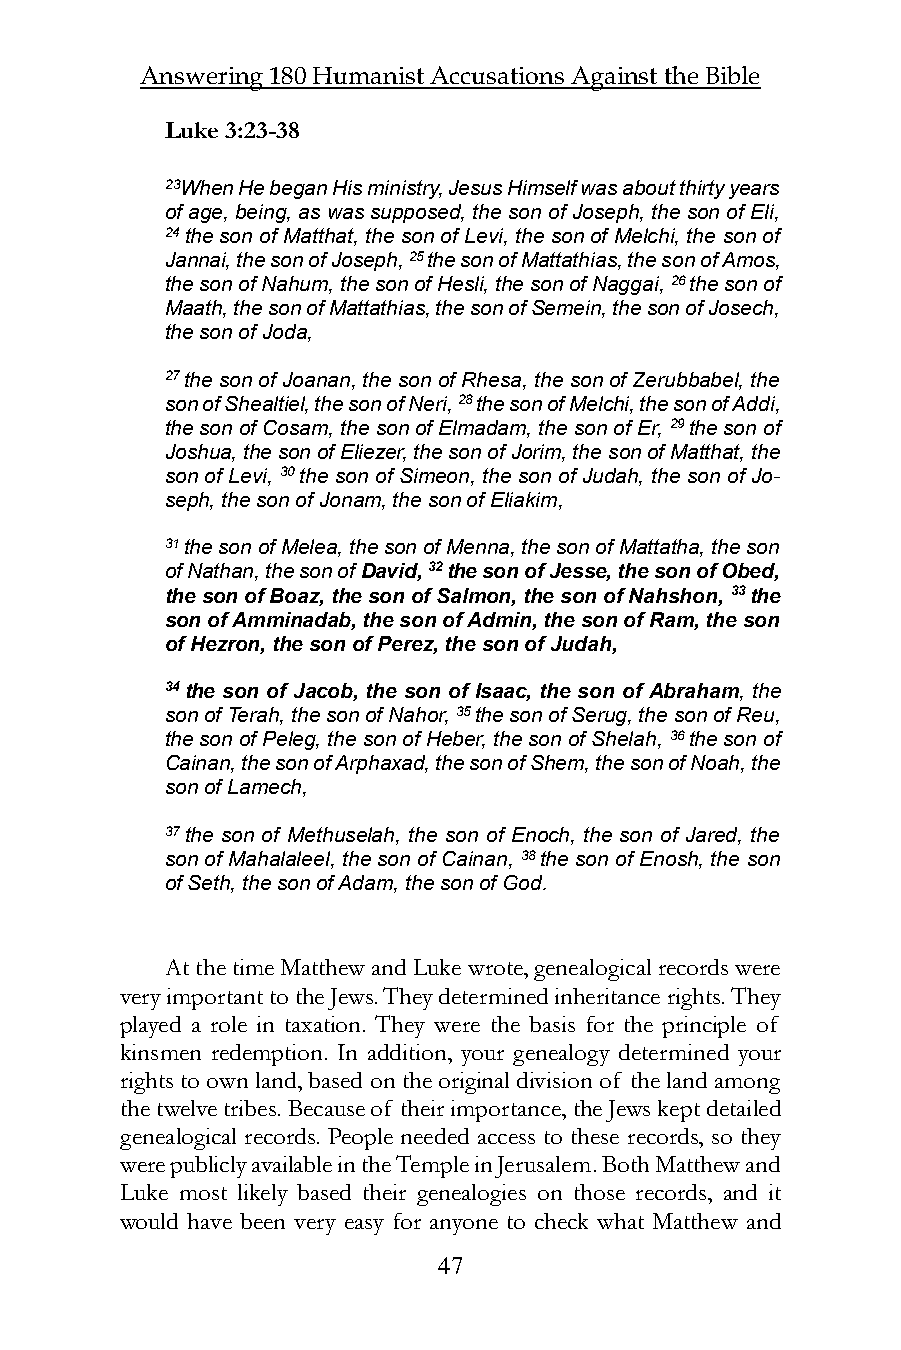
Answering 180 Humanist Accusations Against the Bible
 Luke 3:23-38
 23When He began His ministry, Jesus Himself was about thirty years
 of age, being, as was supposed, the son of Joseph, the son of Eli,
 24 the son of Matthat, the son of Levi, the son of Melchi, the son of
 Jannai, the son of Joseph, 25 the son of Mattathias, the son of Amos,
 the son of Nahum, the son of Hesli, the son of Naggai, 26 the son of
 Maath, the son of Mattathias, the son of Semein, the son of Josech,
 the son of Joda,
 27 the son of Joanan, the son of Rhesa, the son of Zerubbabel, the
 son of Shealtiel, the son of Neri, 28 the son of Melchi, the son of Addi,
 the son of Cosam, the son of Elmadam, the son of Er, 29 the son of
 Joshua, the son of Eliezer, the son of Jorim, the son of Matthat, the
 son of Levi, 30 the son of Simeon, the son of Judah, the son of Jo-
 seph, the son of Jonam, the son of Eliakim,
 31 the son of Melea, the son of Menna, the son of Mattatha, the son
 of Nathan, the son of David, 32 the son of Jesse, the son of Obed,
 the son of Boaz, the son of Salmon, the son of Nahshon, 33 the
 son of Amminadab, the son of Admin, the son of Ram, the son
 of Hezron, the son of Perez, the son of Judah,
 34 the son of Jacob, the son of Isaac, the son of Abraham, the
 son of Terah, the son of Nahor, 35 the son of Serug, the son of Reu,
 the son of Peleg, the son of Heber, the son of Shelah, 36 the son of
 Cainan, the son of Arphaxad, the son of Shem, the son of Noah, the
 son of Lamech,
 37 the son of Methuselah, the son of Enoch, the son of Jared, the
 son of Mahalaleel, the son of Cainan, 38 the son of Enosh, the son
 of Seth, the son of Adam, the son of God.
 At the time Matthew and Luke wrote, genealogical records were
 very important to the Jews. They determined inheritance rights. They
 played a role in taxation. They were the basis for the principle of
 kinsmen redemption. In addition, your genealogy determined your
 rights to own land, based on the original division of the land among
 the twelve tribes. Because of their importance, the Jews kept detailed
 genealogical records. People needed access to these records, so they
 were publicly available in the Temple in Jerusalem. Both Matthew and
 Luke most likely based their genealogies on those records, and it
 would have been very easy for anyone to check what Matthew and
 47